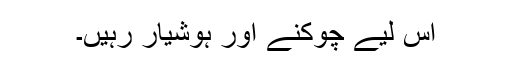
اس لیے چوکنّے اور ہوشیار رہیں۔